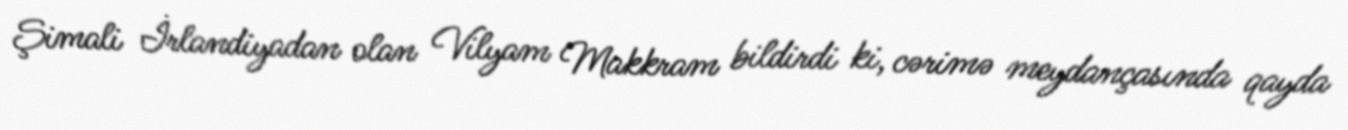
Şimali İrlandiyadan olan Vilyam Makkram bildirdi ki, cərimə meydançasında qayda